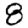
Digit: 8